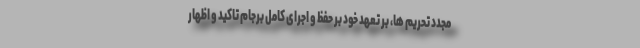
مجدد تحریم ها، بر تعهد خود بر حفظ و اجرای کامل برجام تاکید و اظهار